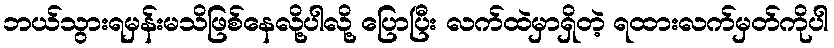
ဘယ်သွားရမှန်းမသိဖြစ်နေလို့ပါလို့ ပြောပြီး လက်ထဲမှာရှိတဲ့ ရထားလက်မှတ်ကိုပါ